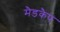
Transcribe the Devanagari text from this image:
मैडकैप